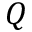
Q